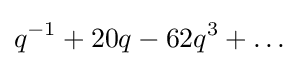
q^{-1}+20q-62q^{3}+\dots